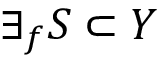
\exists _ { f } S \subset Y